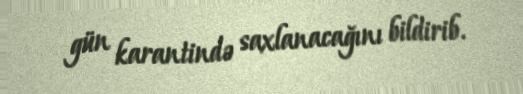
gün karantində saxlanacağını bildirib.